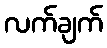
လက်ချက်